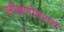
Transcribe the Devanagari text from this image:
परीक्षणोपरांत